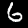
Label: 6